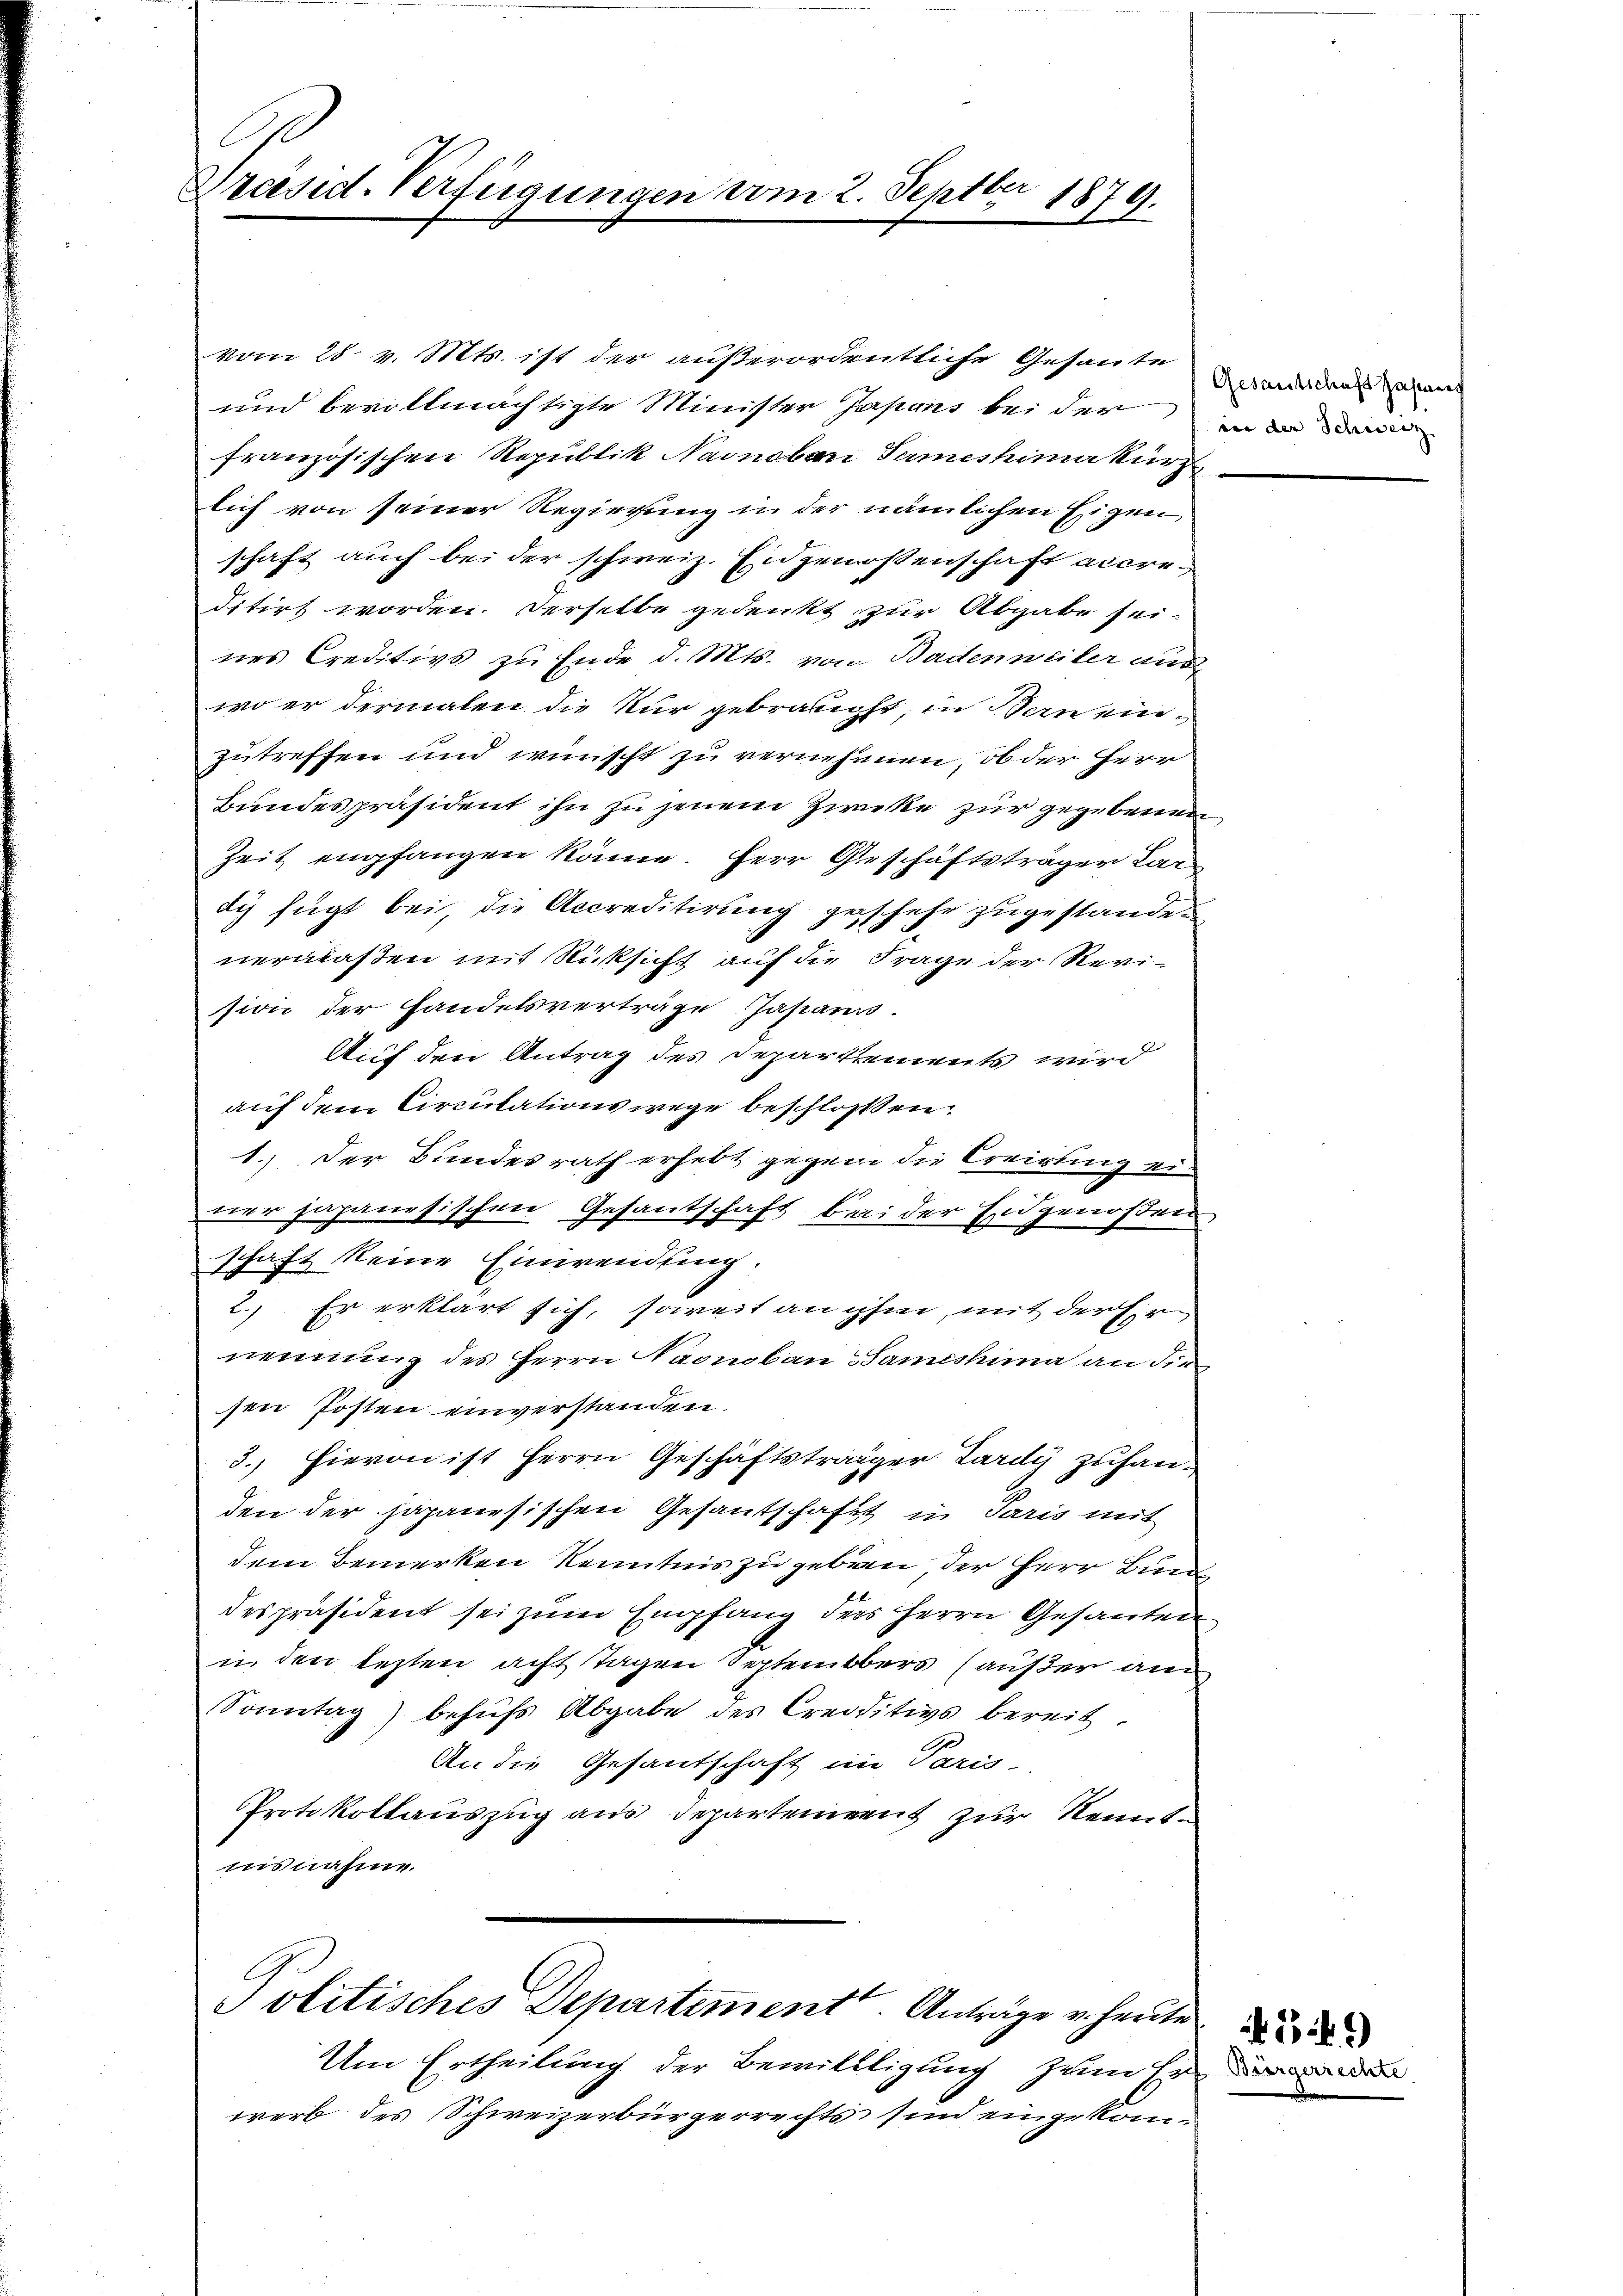
.
Präsid. Verfügungen vom 2. Septbr 1879.
E

vom 28. v. Mts. ist der außerordentliche Gesante wiedenswan
und bevollmächtigte Minister Japans bei der in die de
französischen Repultik Nanobari Semestima kürz
lich von seiner Regierung in der nämlichen Eigen
schaft auch bei der schweiz. Eingenossenschaft accreditirt worden. Derselbe gedenkt zur Abgabe sei-
nes Creditivs zu Ende d. Mts. von Badenweiler aus
wo er dermalen die Kur gebraucht, in Bau einzutreffen und wünscht zu vernehmen, ob der Herr
Bundespräsident ihn zu jenem Zwecke zur gegebenen
Zeit empfangen könne. Herr Geschäftsträger Kardi fügt bei, die Accreditirung geschehe zugestanden
vermaßen mit Rücksicht auf die Frage der Revi-
sion der Handelsverträge Japanis
Auf den Antrag des Departements wird
auf dem Circulationswege beschlossen.
1.) Der Bundesrath erhebt gegen die Creisling einer japanesischen Gesantschaft bei der Eidgenoßen
schaft keine Einwendung.
2. Er erklärt sich, soweit an ihm, mit der Ernennung des Herrn Naonobau Samesima an die
sen Posten einverstanden.
3.) Hievon ist Herrn Geschäftsträger Lardy zuhanden der japanesischen Gesantschaft in Paris mit
dem Bemerken Kenntnis zu geben, der Herr Bund
despräsident sei zum Empfang ders Herrn Gesanten
in den lezten acht Tagen Septembers (außer an
Sonntag behŭfs Abgabe des Creditivs bereit.
An die Gesantschaft im Paris-
Protokollauszug aus Departement zur Kenntnisnahme.

Politisches Departement. Anträge v. heute

Um Ertheilung der Bewillligung zum Er
werb des Schweizerbürgerrechts sind eingekom¬

E Bürgerrechte

349